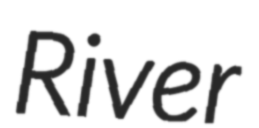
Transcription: River